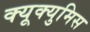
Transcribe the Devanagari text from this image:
क्यूक्युमिस